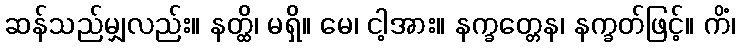
ဆန်သည်မျှလည်း။ နတ္ထိ၊ မရှိ။ မေ၊ ငါ့အား။ နက္ခတ္တေန၊ နက္ခတ်ဖြင့်။ ကိံ၊